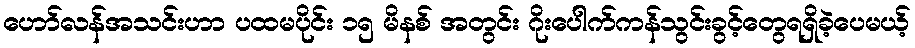
ဟော်လန်အသင်းဟာ ပထမပိုင်း ၁၅ မိနစ် အတွင်း ဂိုးပေါက်ကန်သွင်းခွင့်တွေရရှိခဲ့ပေမယ့်